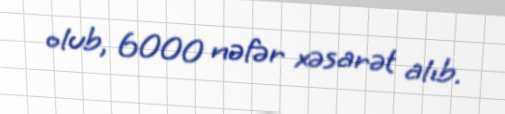
olub, 6000 nəfər xəsarət alıb.